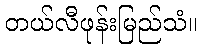
တယ်လီဖုန်းမြည်သံ။